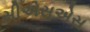
સીએસએસ